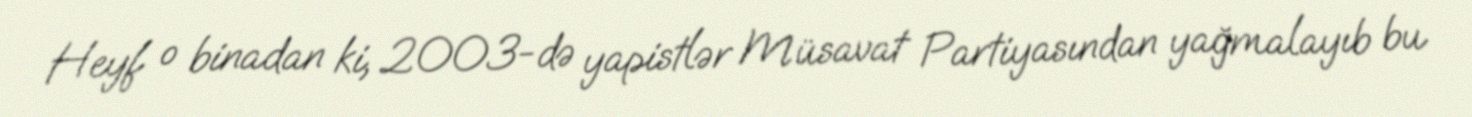
Heyf o binadan ki, 2003-də yapistlər Müsavat Partiyasından yağmalayıb bu